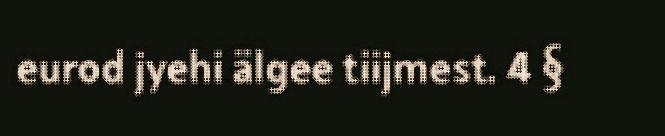
eurod jyehi älgee tiijmest. 4 §